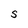
Character: S